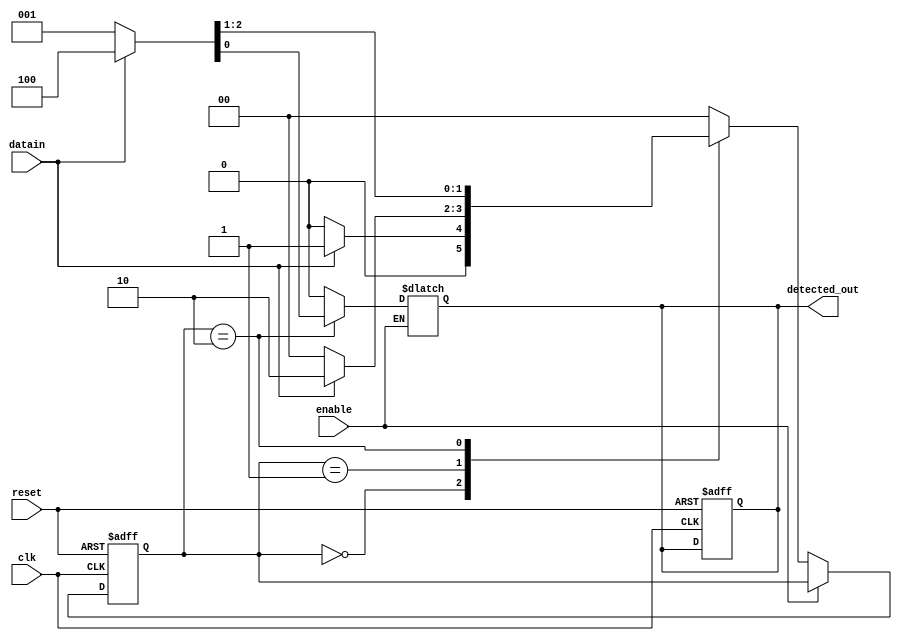
module fsm_mealy_110(input reset,enable,clk,datain,output reg detected_out);

localparam IDLE=2'd0,GOT1=2'd1,GOT11=2'd2,GOT110=2'd3;   // naming states 

reg [1:0]state_p,state_next; // state handling registers

// ps logic

always@(posedge clk,negedge reset)
begin
		if(reset==0)
			begin
	  			state_p<=IDLE; detected_out=1'b0;
			end
		else
			begin
				state_p<=state_next;
			end

end
// ns logic 

always@(*)
begin
		if(enable==0)
				begin 
				state_next=state_p;
					case(state_p)
						IDLE: begin state_next=(datain==1'b1)?GOT1:IDLE; detected_out=1'b0; end
						GOT1: begin state_next=(datain==1'b1)?GOT11:IDLE; detected_out=1'b0; end
						GOT11: begin {state_next,detected_out}=(datain==1'b0)?({IDLE,1'b1}):({GOT11,1'b0});  end
					//	GOT110: begin state_next=(datain==1'b0)?IDLE:GOT1; detected_out=1'b1; end
						default: begin state_next=IDLE; detected_out=1'b0; end


					endcase
				end
		else
			 begin
				state_next=state_p;
			end
end
// op logic

//assign detected_out=1'b1;




endmodule